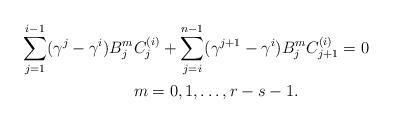
LaTeX: \begin{align*}\sum_{j=1}^{i-1}(\gamma^j-\gamma^i)B_j^m &C_j^{(i)}+\sum_{j=i}^{n-1}(\gamma^{j+1}-\gamma^i)B_j^mC_{j+1}^{(i)}=0\\ &m=0,1,\dots,r-s-1.\end{align*}